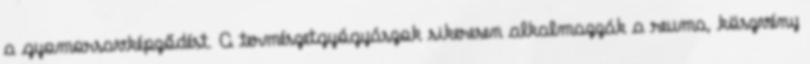
a gyomorsavképződést. A természetgyógyászok sikeresen alkalmazzák a reuma, köszvény